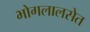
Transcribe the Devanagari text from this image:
भोगलालसेत